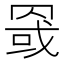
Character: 𰭏